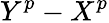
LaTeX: Y^{p}-X^{p}